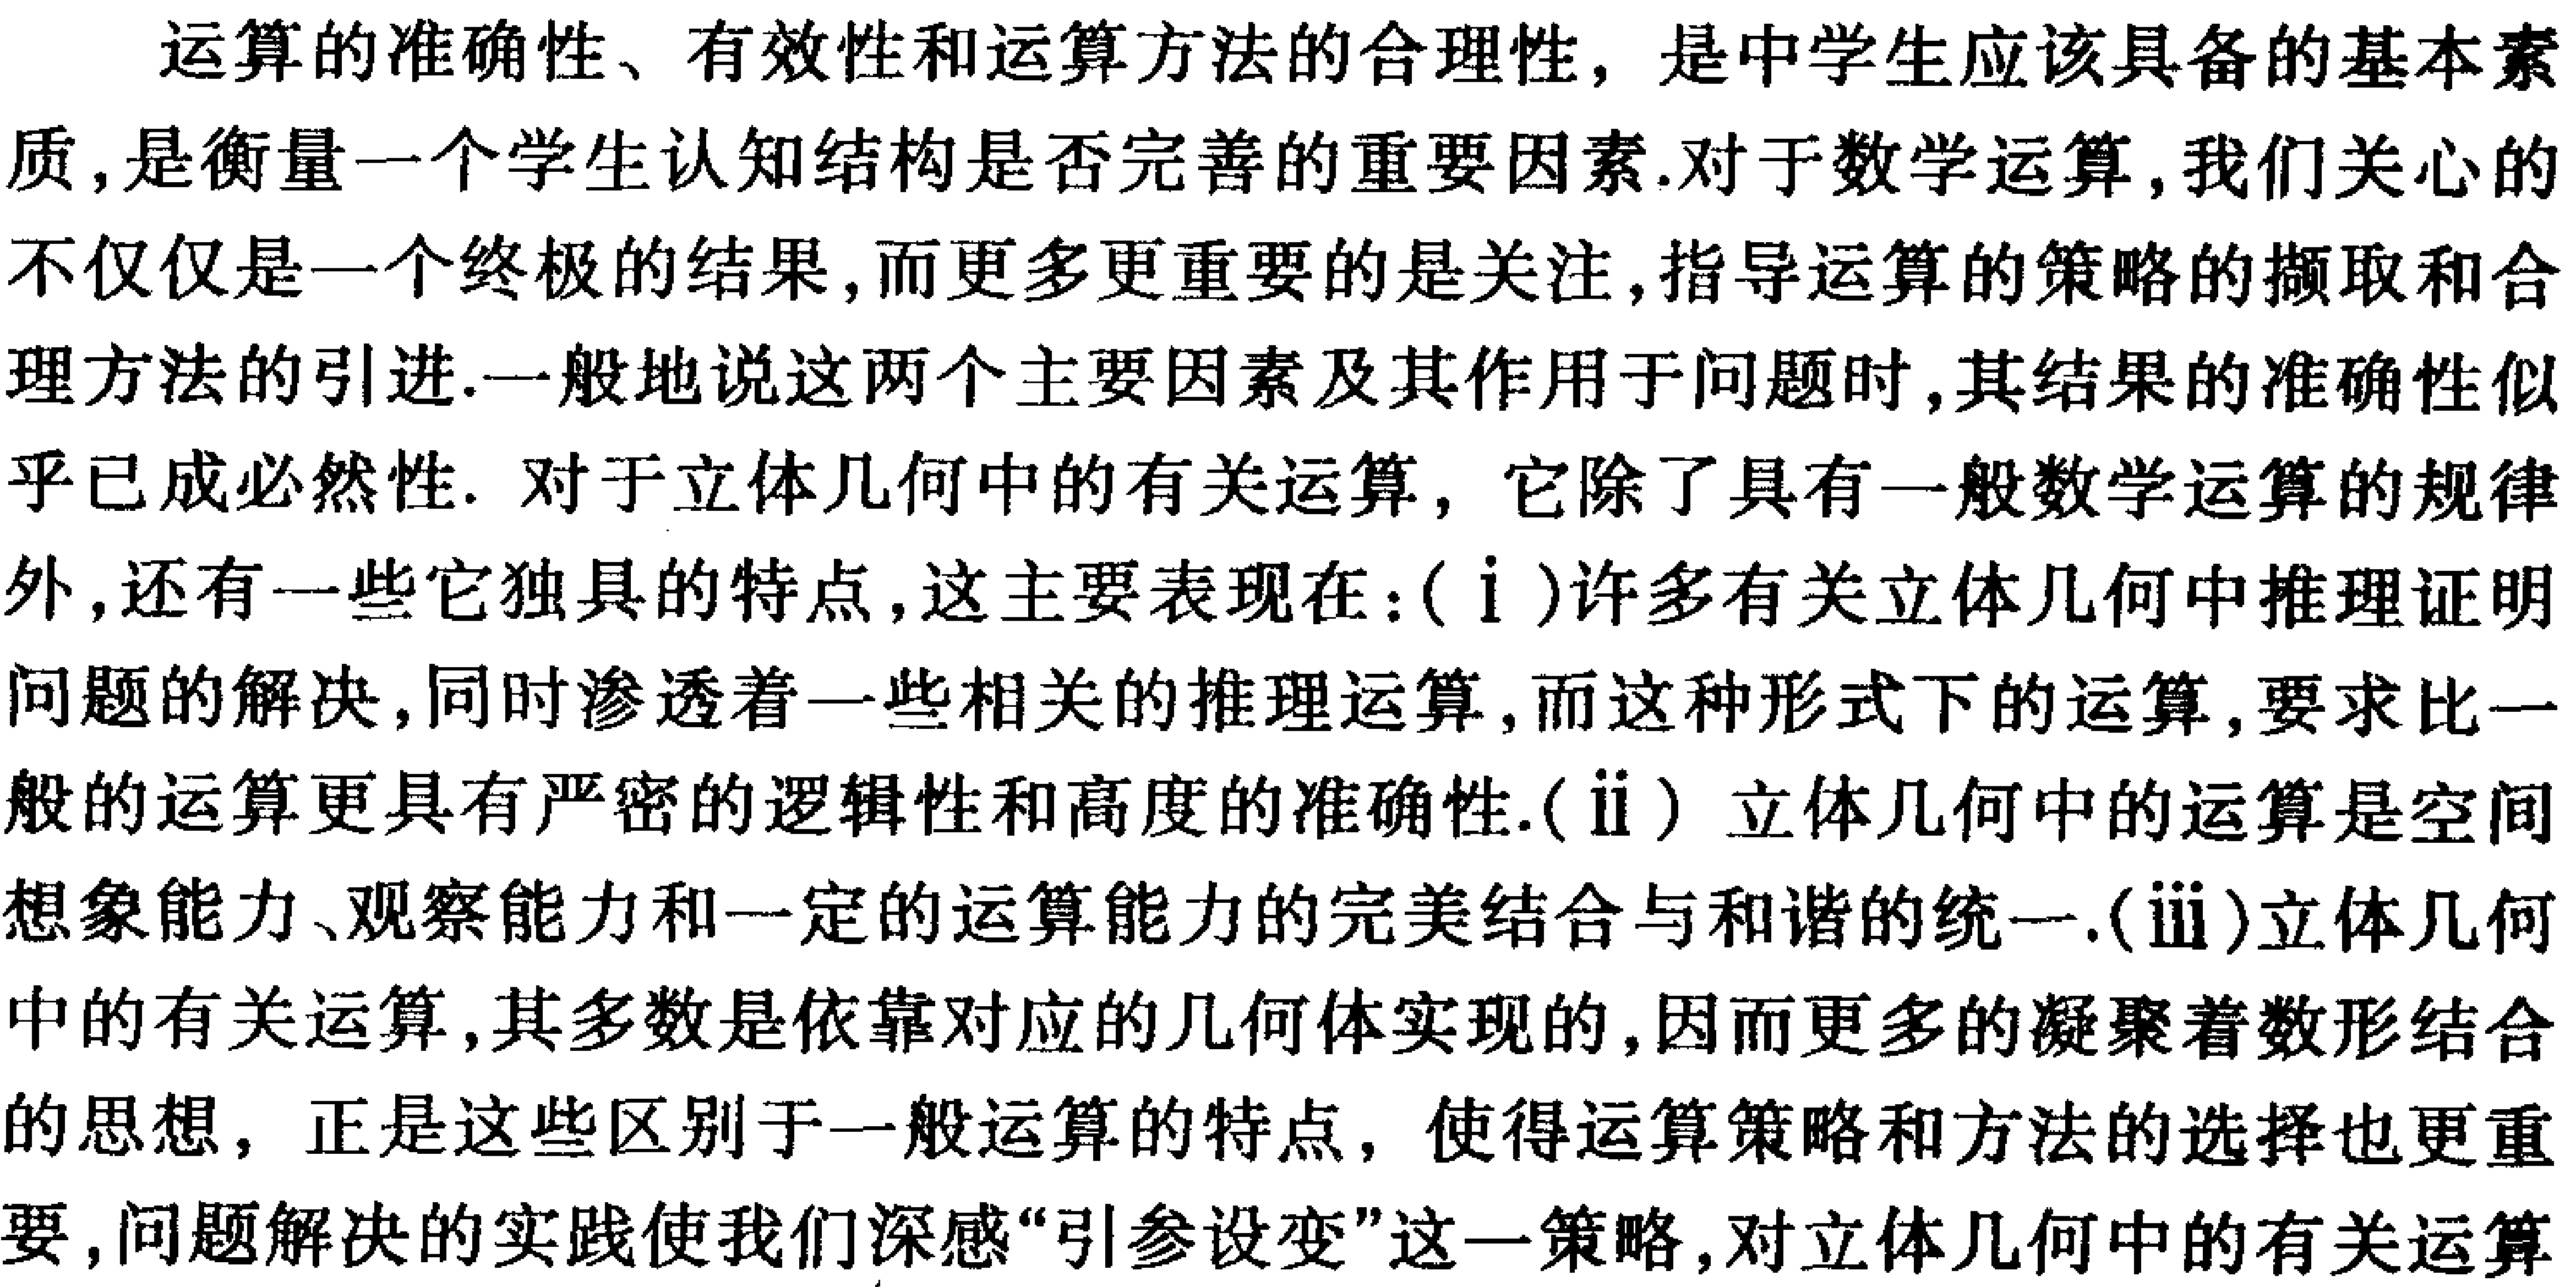
运算的准确性、有效性和运算方法的合理性，是中学生应该具备的基本素
质,是衡量一个学生认知结构是否完善的重要因素.对于数学运算,我们关心的
不仅仅是一个终极的结果,而更多更重要的是关注,指导运算的策略的撷取和合
理方法的引进.一般地说这两个主要因素及其作用于问题时,其结果的准确性似
乎已成必然性. 对于立体几何中的有关运算，它除了具有一般数学运算的规律
外,还有一些它独具的特点,这主要表现在：(ⅰ)许多有关立体几何中推理证明
问题的解决,同时渗透着一些相关的推理运算,而这种形式下的运算,要求比一
般的运算更具有严密的逻辑性和高度的准确性.(ⅱ）立体几何中的运算是空间
想象能力、观察能力和一定的运算能力的完美结合与和谐的统一.(ⅲ)立体几何
中的有关运算,其多数是依靠对应的几何体实现的,因而更多的凝聚着数形结合
的思想，正是这些区别于一般运算的特点，使得运算策略和方法的选择也更重
要,问题解决的实践使我们深感“引参设变”这一策略,对立体几何中的有关运算